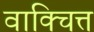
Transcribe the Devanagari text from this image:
वाक्चित्त